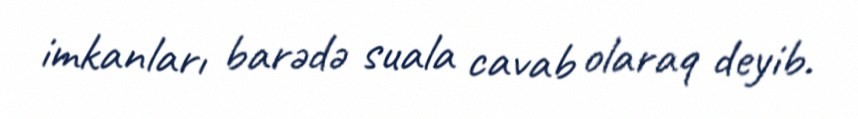
imkanları barədə suala cavab olaraq deyib.